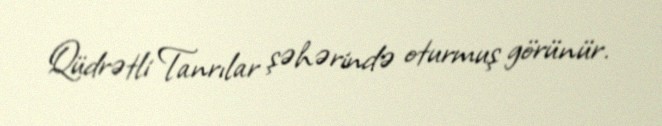
Qüdrətli Tanrılar şəhərində oturmuş görünür.